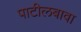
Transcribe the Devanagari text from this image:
पाटीलबावा